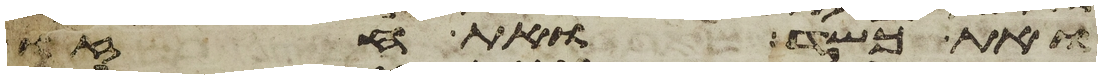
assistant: ואת כשד ואת חזו